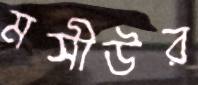
মসীউর